Vaccination in Bombay 1889-1901 - 1889-1901
Year: 1889
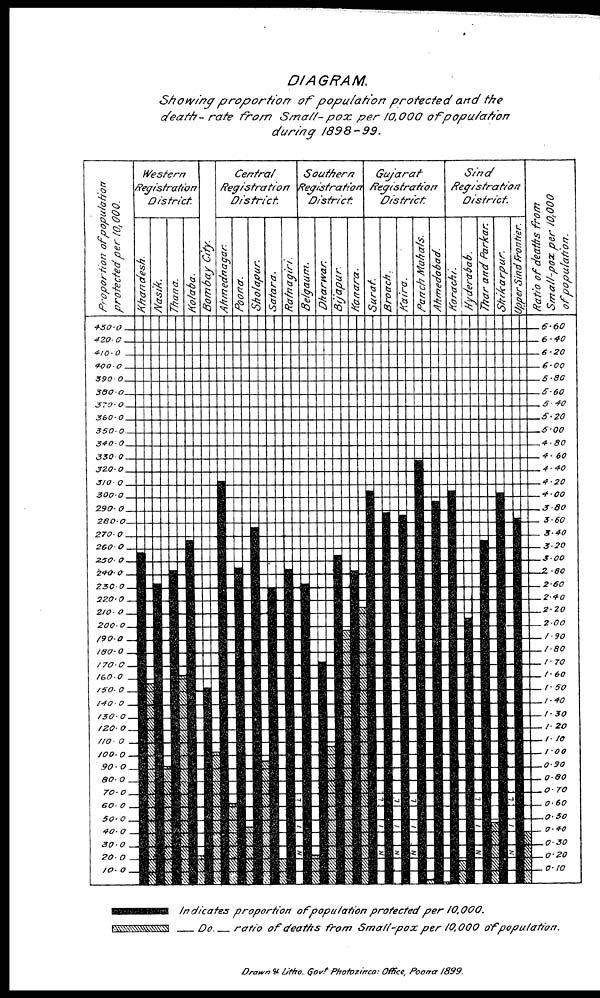
DIAGRAM.
Showing proportion
of population protected and the
death- rate from Small- pox per 10,000 of population
during
1898-99.
Indicates proportion
of population protected per
10,000.
_Do._
ratio of deaths from Small-pox
per 10,000 of
population.
Drawn & Littio. Govt Photozinca:
Office, Poona
1899.